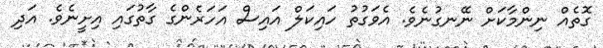
ގޮތެއް ނިންމާކަށް ނޭނގުނެވެ. އެވަގުތު ހައިކަލް އައިސް އަހަރެންގެ ގާތުގައި އިށީނެވެ. އަދި